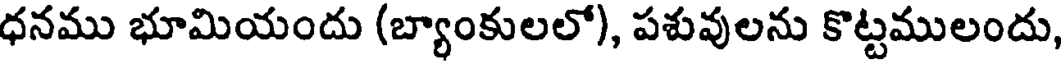
ధనము భూమియందు (బ్యాంకులలో), పశువులను కొట్టములందు,